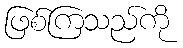
ဖြစ်ကြသည်ကို